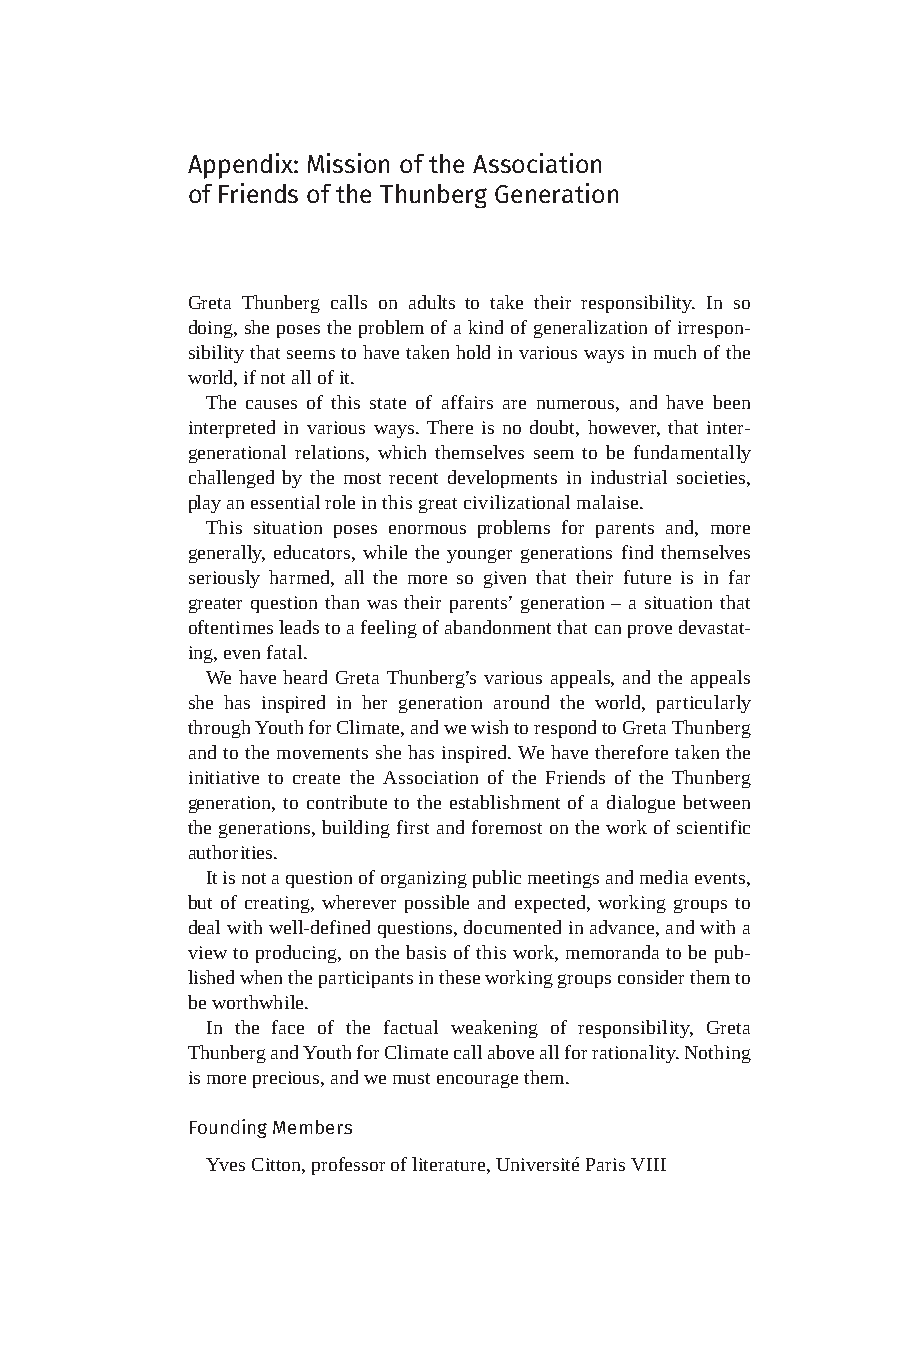
Appendix: Mission of the Association
 of Friends of the Thunberg Generation
 Greta Thunberg calls on adults to take their responsibility. In so
 doing, she poses the problem of a kind of generalization of irrespon-
 sibility that seems to have taken hold in various ways in much of the
 world, if not all of it.
 The causes of this state of affairs are numerous, and have been
 interpreted in various ways. There is no doubt, however, that inter-
 generational relations, which themselves seem to be fundamentally
 challenged by the most recent developments in industrial societies,
 play an essential role in this great civilizational malaise.
 This situation poses enormous problems for parents and, more
 generally, educators, while the younger generations find themselves
 seriously harmed, all the more so given that their future is in far
 greater question than was their parents’ generation – a situation that
 oftentimes leads to a feeling of abandonment that can prove devastat-
 ing, even fatal.
 We have heard Greta Thunberg’s various appeals, and the appeals
 she has inspired in her generation around the world, particularly
 through Youth for Climate, and we wish to respond to Greta Thunberg
 and to the movements she has inspired. We have therefore taken the
 initiative to create the Association of the Friends of the Thunberg
 generation, to contribute to the establishment of a dialogue between
 the generations, building first and foremost on the work of scientific
 authorities.
 It is not a question of organizing public meetings and media events,
 but of creating, wherever possible and expected, working groups to
 deal with well-defined questions, documented in advance, and with a
 view to producing, on the basis of this work, memoranda to be pub-
 lished when the participants in these working groups consider them to
 be worthwhile.
 In the face of the factual weakening of responsibility, Greta
 Thunberg and Youth for Climate call above all for rationality. Nothing
 is more precious, and we must encourage them.
 Founding Members
 Yves Citton, professor of literature, Université Paris VIII